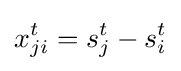
x_{ji}^{t}=s_{j}^{t}-s_{i}^{t}